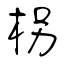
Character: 柺